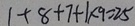
1 + 8 + 7 + 1 \times 9 = 2 5